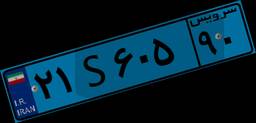
۷۵S۱۵۱۰۶